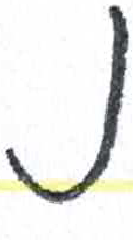
אות: נ